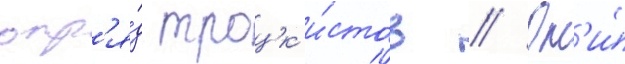
отр'я́д троцк'и́стов // Он'и́